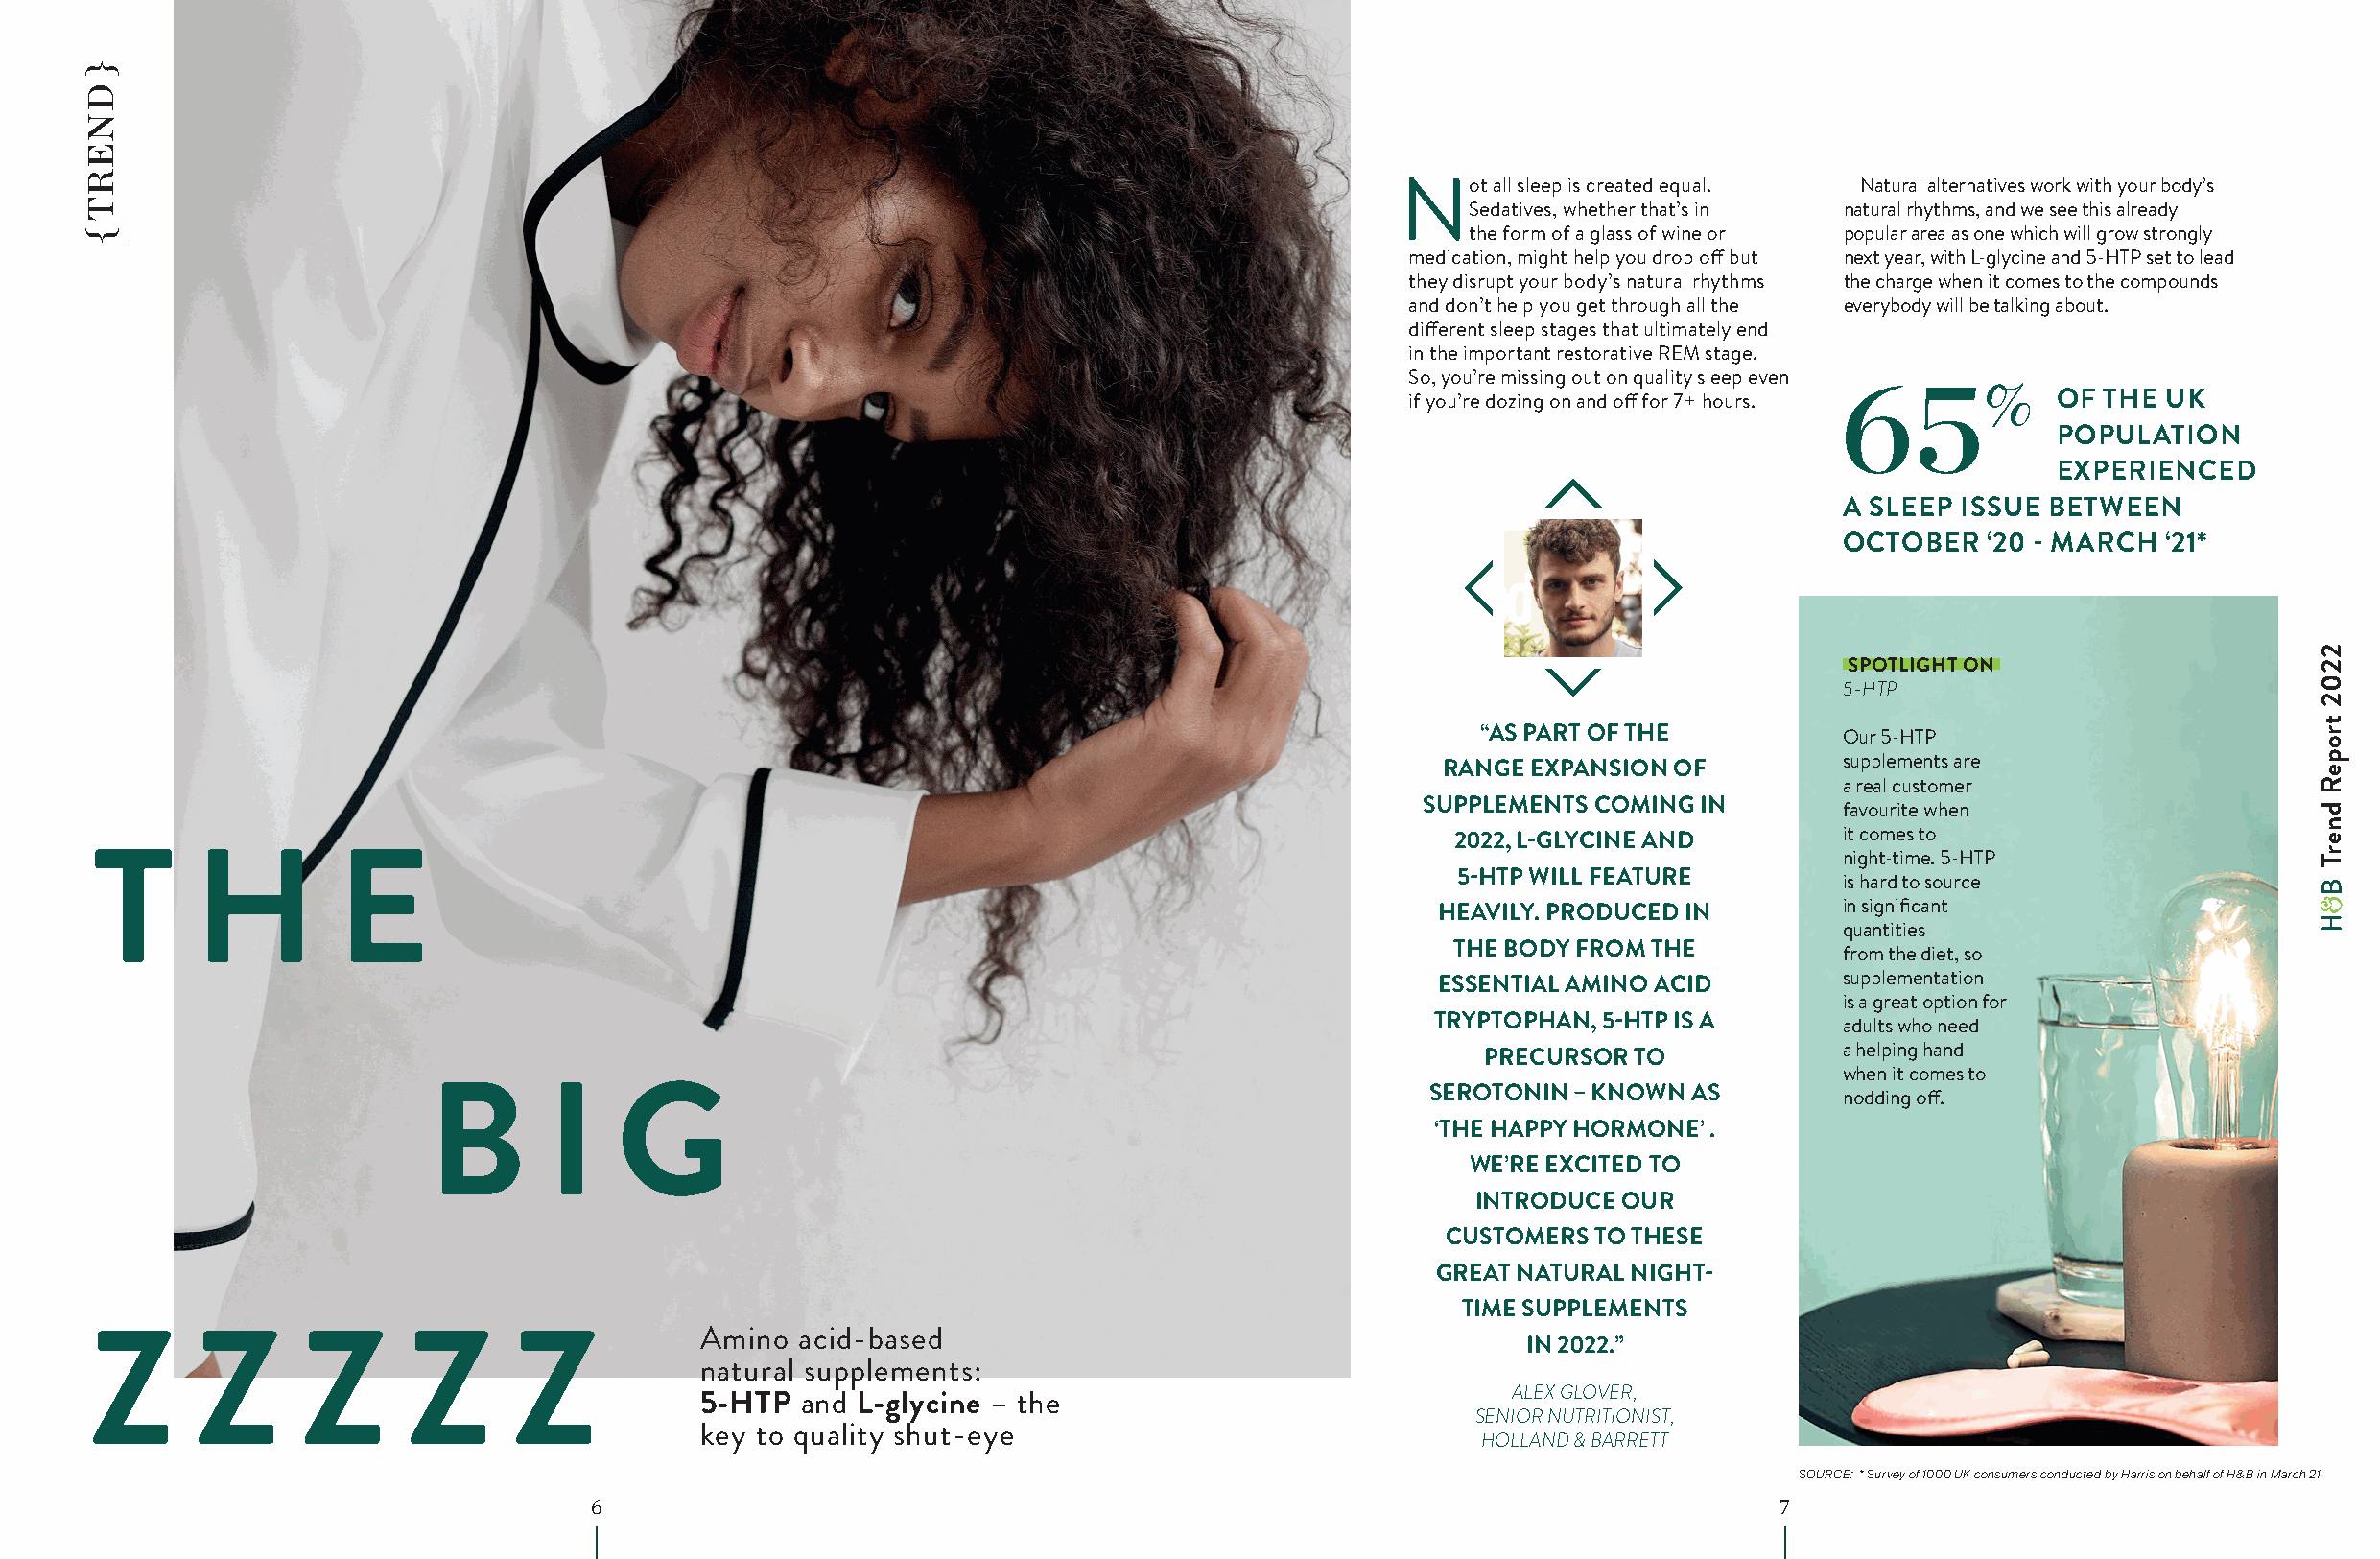
N   ot all sleep is created equal. Natural alternatives work with your body’s
 Sedatives, whether that’s in natural rhythms, and we see this already
 the form of a glass of wine or popular area as one which will grow strongly
 medication, might help you drop off but next year, with L-glycine and 5-HTP set to lead
 they disrupt your body’s natural rhythms the charge when it comes to the compounds
 and don’t help you get through all the everybody will be talking about.
 different sleep stages that ultimately end
 in the important restorative REM stage.
 So, you’re missing out on quality sleep even
 65%
 if you’re dozing on and off for 7+ hours.    OF THE UK
 POPULATION
 EXPERIENCED
 A SLEEP ISSUE BETWEEN
 OCTOBER   ‘20 - MARCH ‘21*
 SPOTLIGHT ON
 5-HTP
 “AS PART OF THE          Our 5-HTP
 supplements are
 RANGE EXPANSION OF
 a real customer
 SUPPLEMENTS COMING IN        favourite when
 it comes to
 2022, L-GLYCINE AND
 night-time. 5-HTP
 T      H         E
 5-HTP WILL FEATURE        is hard to source
 in significant
 HEAVILY. PRODUCED IN
 quantities
 THE BODY FROM THE          from the diet, so
 supplementation
 ESSENTIAL AMINO ACID
 is a great option for
 TRYPTOPHAN, 5-HTP IS A      adults who need
 a helping hand
 PRECURSOR  TO
 when it comes to
 SEROTONIN – KNOWN AS        nodding off.
 B       I    G
 ‘THE HAPPY HORMONE’ .
 WE’RE EXCITED TO
 INTRODUCE OUR
 CUSTOMERS TO THESE
 GREAT NATURAL NIGHT-
 TIME SUPPLEMENTS
 Amino  acid-based
 IN 2022.”
 Z      Z       Z      Z      Z
 natural supplements:
 ALEX GLOVER,
 5-HTP  and L-glycine – the
 SENIOR NUTRITIONIST,
 key to quality shut-eye
 HOLLAND & BARRETT
 SOURCE: * Survey of 1000 UK consumers conducted by Harris on behalf of H&B in March 21
 6                                                                                 7
 }
 DNERT
 {
 2202
 tropeR
 dnerT